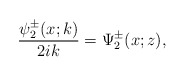
\begin{align*}\frac{\psi^\pm_2(x;k)}{2ik}=\Psi^\pm_2(x;z),\end{align*}